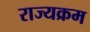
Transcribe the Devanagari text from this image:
राज्यक्रम